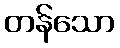
တန်သော